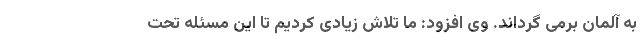
به آلمان برمی گرداند. وی افزود: ما تلاش زیادی کردیم تا این مسئله تحت